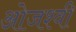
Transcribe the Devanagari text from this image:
ओजश्वी